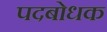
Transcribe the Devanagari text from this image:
पदबोधक